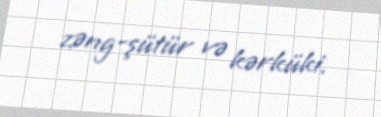
zəng-şütür və kərküki.